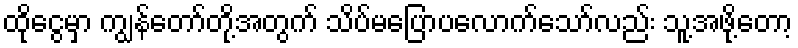
ထိုငွေမှာ ကျွန်တော်တို့အတွက် သိပ်မပြောပလောက်သော်လည်း သူ့အဖို့တော့